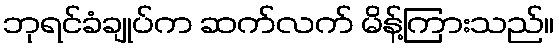
ဘုရင်ခံချုပ်က ဆက်လက် မိန့်ကြားသည်။